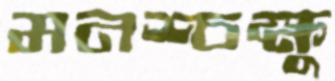
মনশ্চক্ষু